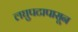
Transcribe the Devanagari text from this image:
लघुपटापासून